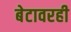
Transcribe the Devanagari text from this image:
बेटावरही